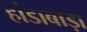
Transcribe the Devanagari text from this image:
हांडाबाड़ा